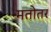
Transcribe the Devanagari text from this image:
मतोतर